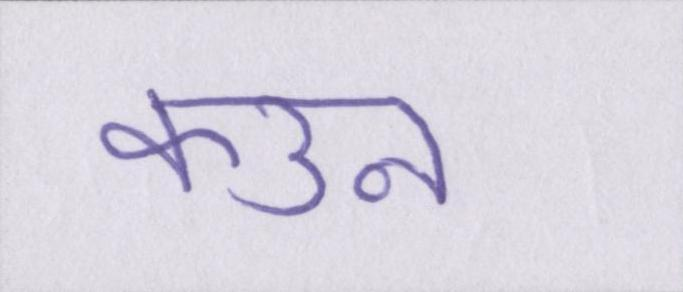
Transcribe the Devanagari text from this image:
कउन